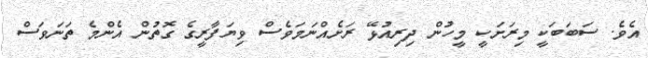
އެވެ. ސަބަބަކީ މިރަށަކީ މީހުން ދިރިއުޅޭ ރަށެއްނަމަވެސް ވިޔަފާރީގެ ގޮތުން އެންމެ ތަނަވަސް